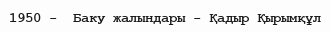
1950 -  Баку жалындары - Қадыр Қырымқұл